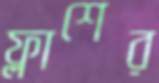
ফ্লাশের